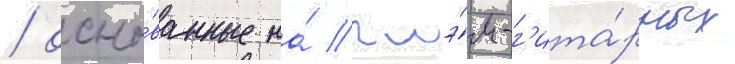
/ осно́ванные на́ глэ́м-г'ита́рных